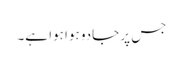
جس پر جادو ہوا ہوا ہے۔